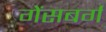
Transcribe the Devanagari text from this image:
गेंसबर्ग